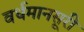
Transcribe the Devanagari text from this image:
वर्धमानसूरी